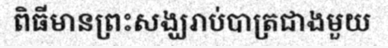
ពិធីមានព្រះសង្ឃរាប់បាត្រជាងមួយ